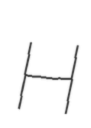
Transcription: H